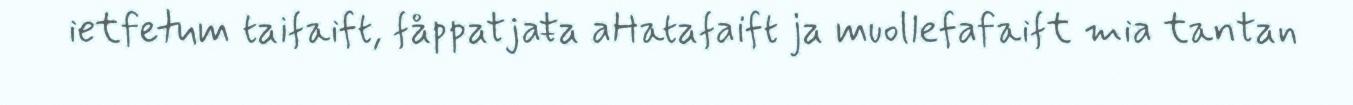
ietfetum taifaift, fåppatjaŧa aHatafaift ja muollefafaift mia tantan